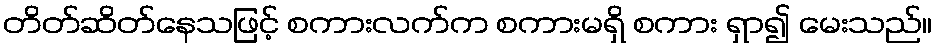
တိတ်ဆိတ်နေသဖြင့် စကားလက်က စကားမရှိ စကား ရှာ၍ မေးသည်။